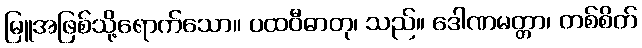
မြူအဖြစ်သို့ရောက်သော။ ပထဝီဓာတု၊ သည်။ ဒေါဏမတ္တာ၊ တစ်စိတ်